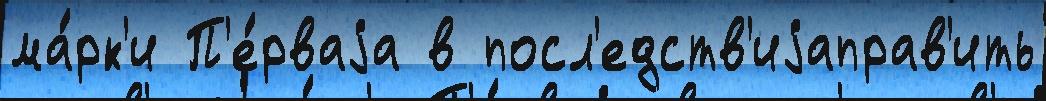
ма́рк'и П'е́рваjа в посл'едств'иjаправ'ить